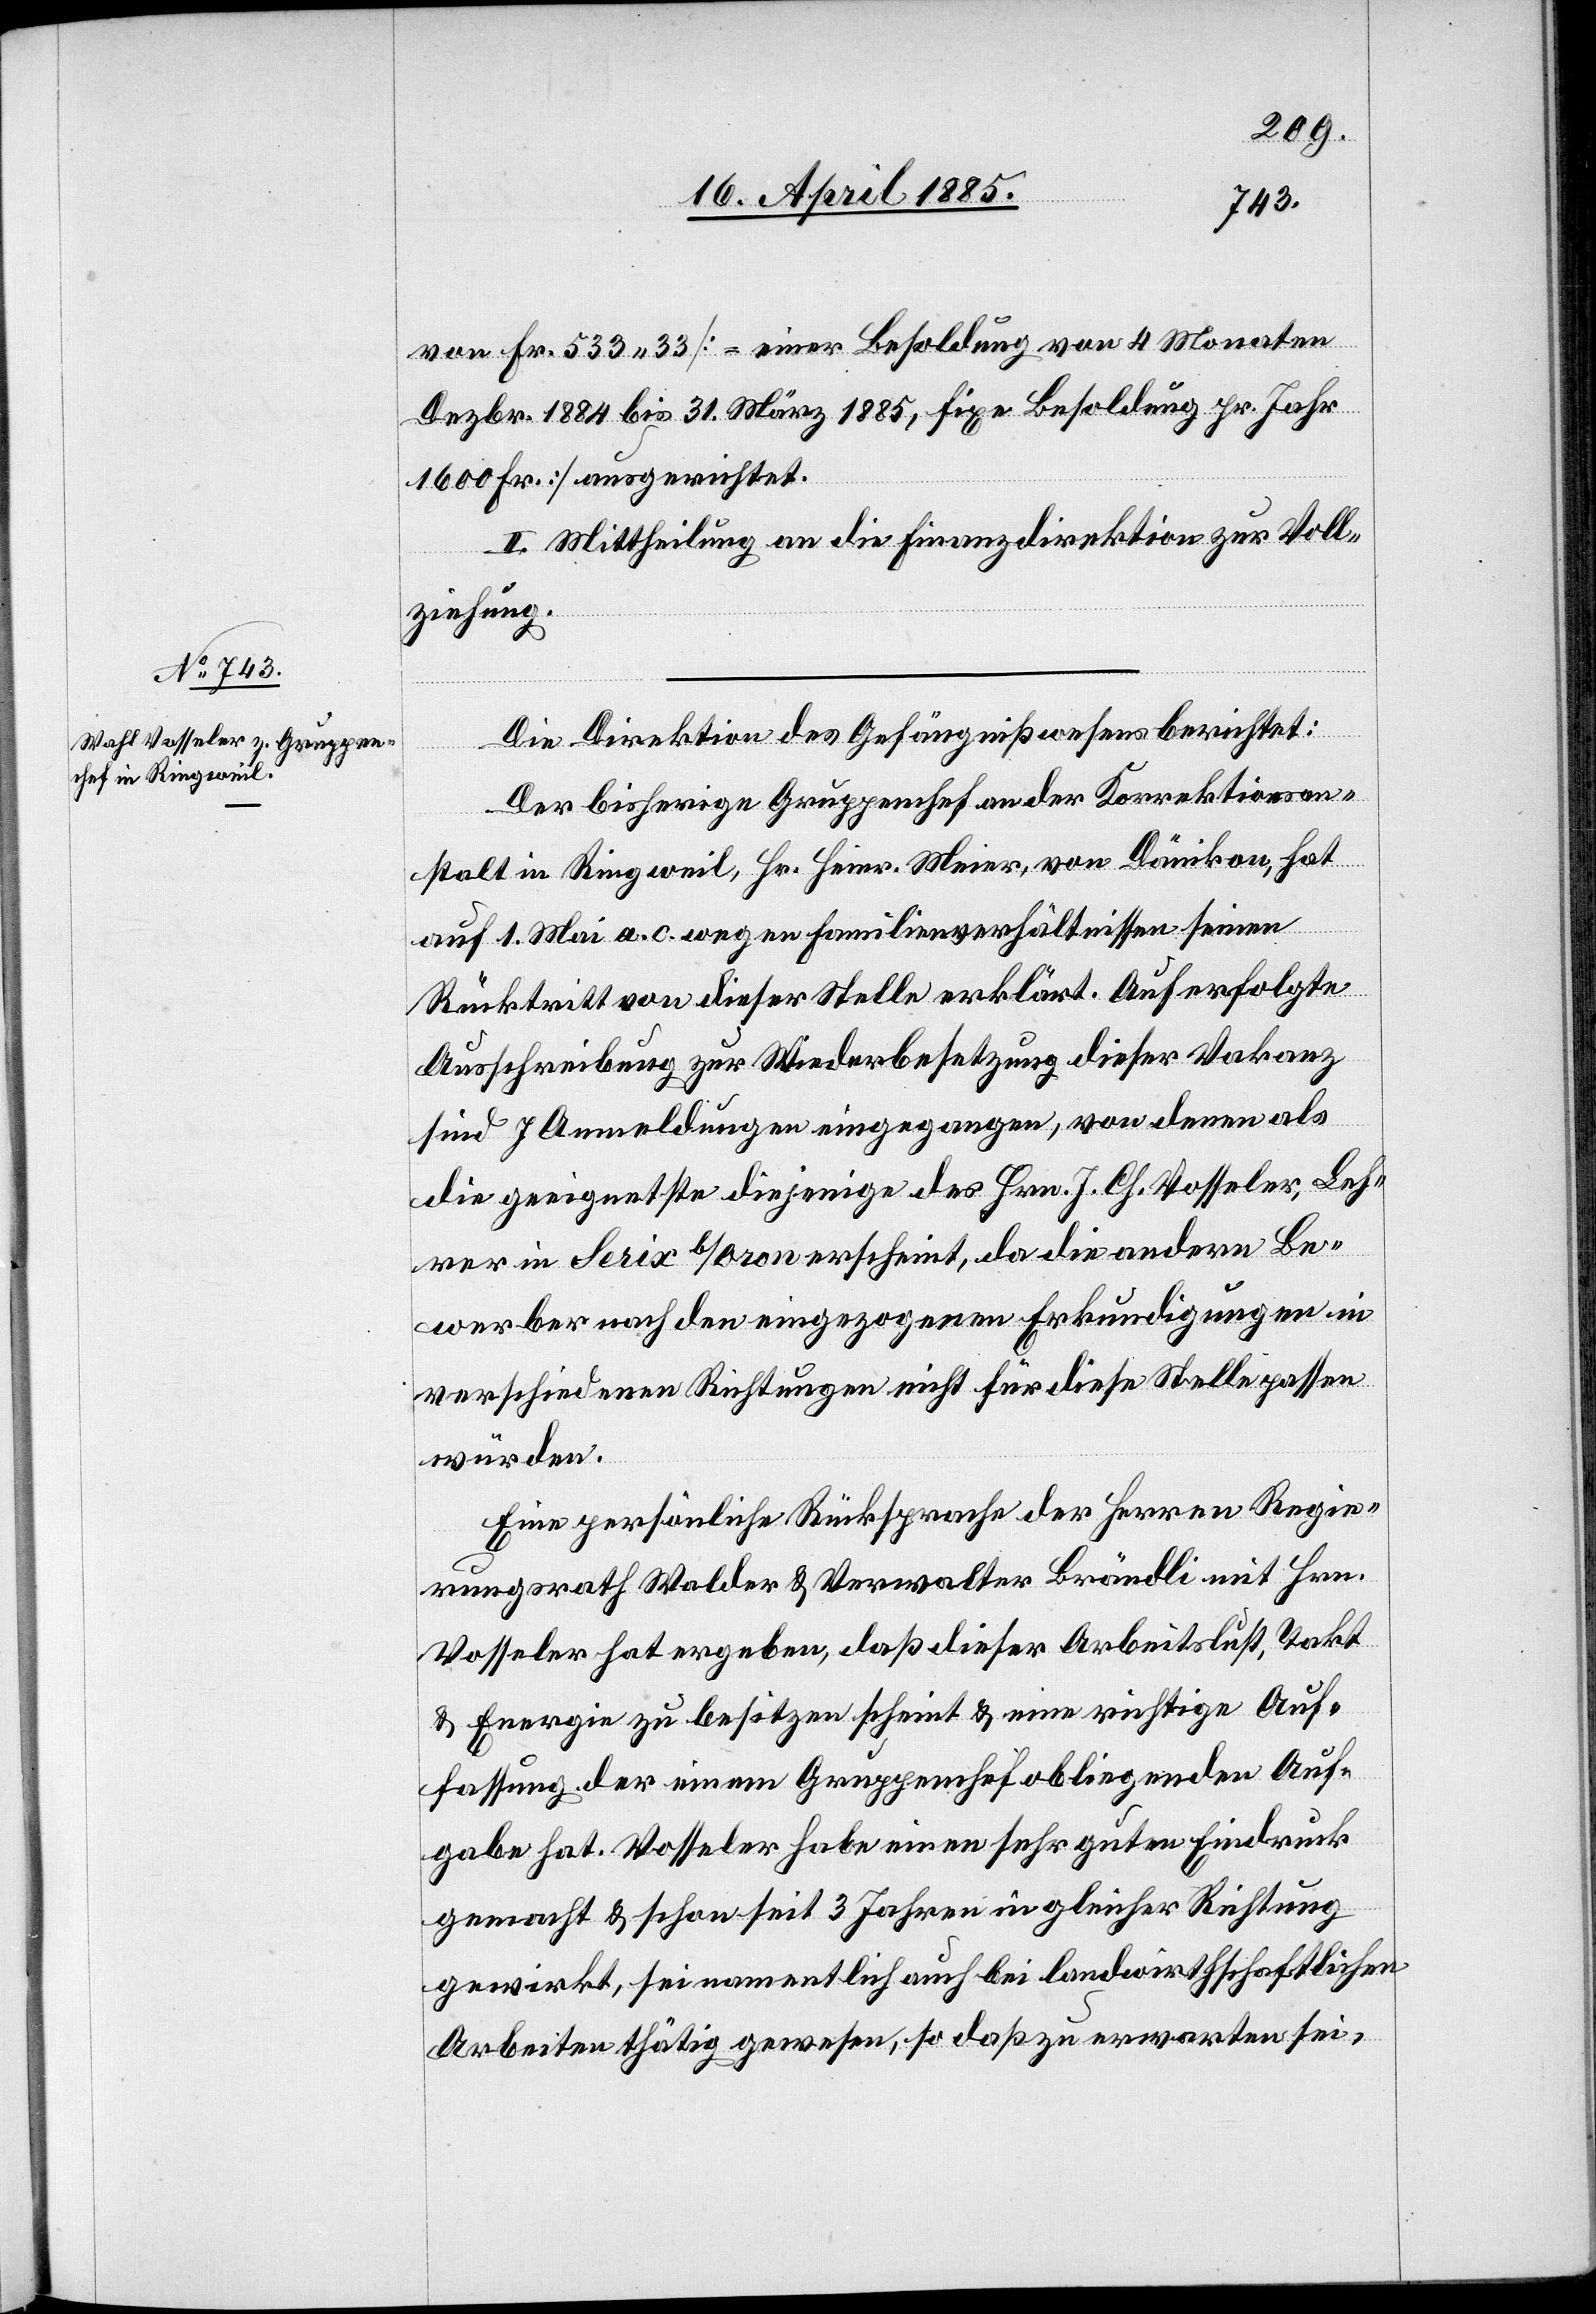
von Fr. 533 33 [= einer Besoldung von 4 Monaten
Dezbr. 1884 bis 31. März 1885, fixe Besoldung pr. Jahr
1600 Fr.] ausgerichtet.
II. Mittheilung an die Finanzdirektion zur Voll¬
ziehung.
Die Direktion des Gefängnißwesens berichtet:
Der bisherige Gruppenchef an der Korrektionsan¬
stalt in Ringweil, Hr. Heinr. Meier, von Dänikon, hat
auf 1. Mai a. c. wegen Familienverhältnissen seinen
Rücktritt von dieser Stelle erklärt. Auf erfolgte
Ausschreibung zur Wiederbesetzung dieser Vakanz
sind 7 Anmeldungen eingegangen, von denen als
geeignetste diejenige des Hrn. J. Ch. Vosseler, Leh¬
rer in Serix b/Oron erscheint, da die andern Be¬
werber nach den eingezogenen Erkundigungen in
verschiedenen Richtungen nicht für diese Stelle passen
würden.
Eine persönliche Rücksprache der Herren Regie¬
rungsrath Walder & Verwalter Brändli mit Hrn.
Vosseler hat ergeben, daß dieser Arbeitslust, Takt
& Energie zu besitzen scheint & eine richtige Auf¬
fassung der einem Gruppenchef obliegenden Auf¬
gabe hat. Vosseler habe einen sehr guten Eindruck
gemacht & schon seit 3 Jahren in gleicher Richtung
gewirkt, sei namentlich auch bei landwirthschaftlichen
Arbeiten thätig gewesen, so daß zu erwarten sei,